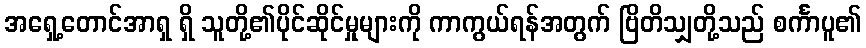
အရှေ့တောင်အာရှ ရှိ သူတို့၏ပိုင်ဆိုင်မှုများကို ကာကွယ်ရန်အတွက် ဗြိတိသျှတို့သည် စင်္ကာပူ၏